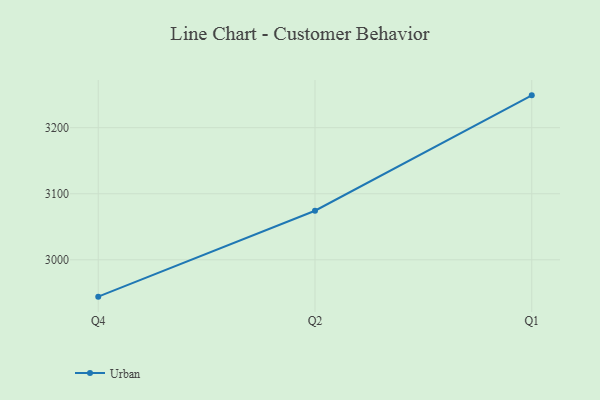
{"axis": {"x": "Quarter", "y": "Satisfaction Score"}, "legend": ["Urban"], "data": [{"x": "Q4", "y": 2944.2, "type": "Urban"}, {"x": "Q2", "y": 3074.3, "type": "Urban"}, {"x": "Q1", "y": 3249.0, "type": "Urban"}]}